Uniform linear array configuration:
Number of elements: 64
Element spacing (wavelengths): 0.25
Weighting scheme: blackman
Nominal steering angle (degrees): -15
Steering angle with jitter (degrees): -15.829
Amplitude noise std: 0.05
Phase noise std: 0.05

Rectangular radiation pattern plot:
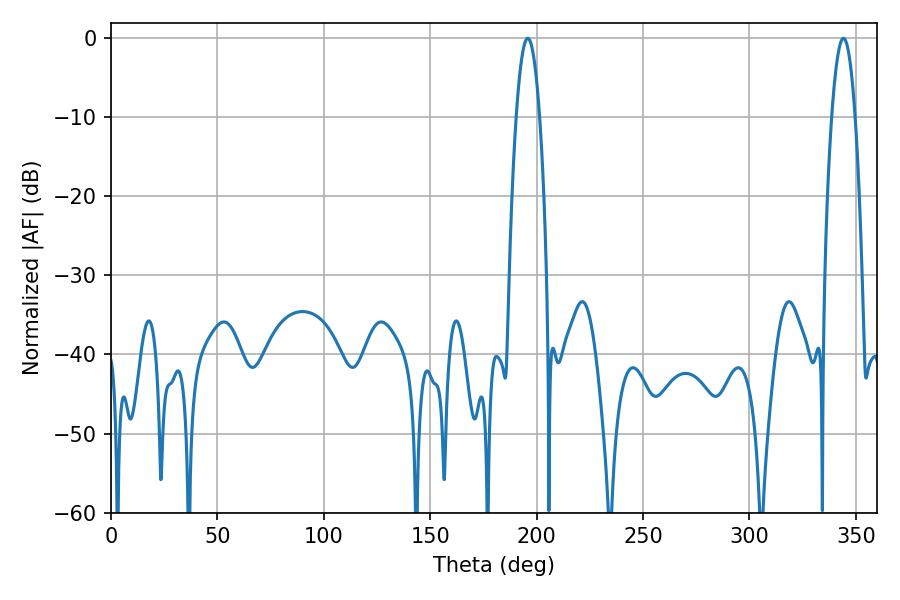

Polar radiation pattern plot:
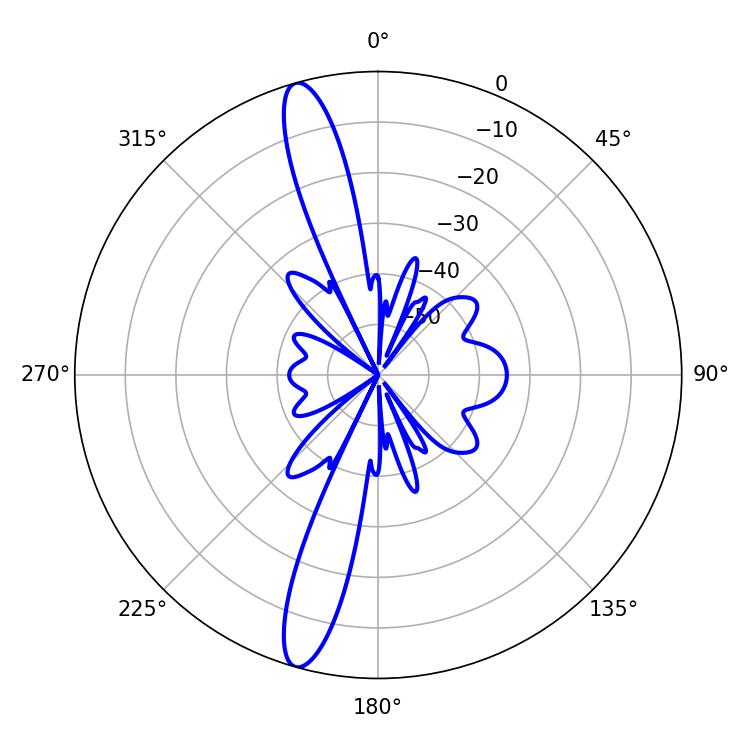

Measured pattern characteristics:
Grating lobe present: FALSE
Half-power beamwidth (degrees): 6.12
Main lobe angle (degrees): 195.84